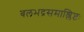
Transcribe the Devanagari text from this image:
बलभद्रसमाश्लिष्टः